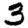
Digit: 3